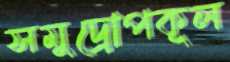
সমুদ্রোপকূল